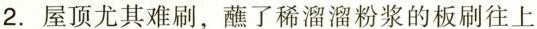
2.屋顶尤其难刷，蘸了稀溜溜粉浆的板刷往上